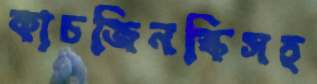
কাচজিনস্কিসহ